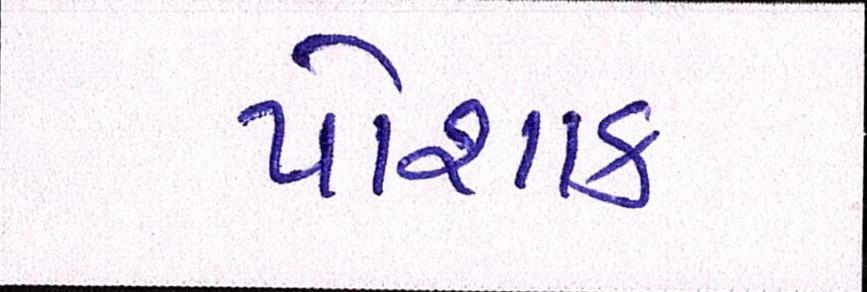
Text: પોશાક